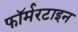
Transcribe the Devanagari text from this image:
फॉर्मरटाइन